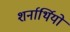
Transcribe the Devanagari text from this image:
शर्नार्थियों